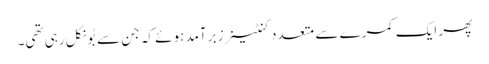
پھر ایک کمرے سے متعدد کنٹینرز برآمد ہوئے کہ جن سے بُو نکل رہی تھی۔